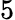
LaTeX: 5